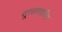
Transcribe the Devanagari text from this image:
सूरसागरातील